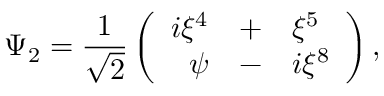
\Psi _ { 2 } = \frac { 1 } { \sqrt { 2 } } \left( \begin{array} { r c l } { { i \xi ^ { 4 } } } & { { + } } & { { \xi ^ { 5 } } } \\ { { \psi } } & { { - } } & { { i \xi ^ { 8 } } } \end{array} \right) ,